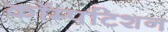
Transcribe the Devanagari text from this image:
कॉम्पटिशन